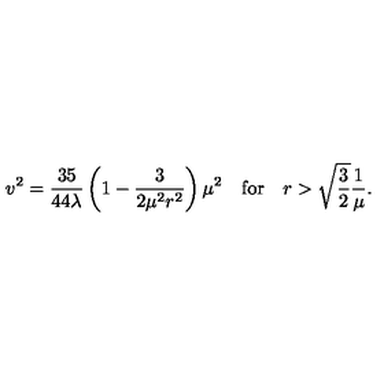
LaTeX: v ^ { 2 } = \frac { 3 5 } { 4 4 \lambda } \left( 1 - \frac { 3 } { 2 \mu ^ { 2 } r ^ { 2 } } \right) \mu ^ { 2 } \quad \mathrm { f o r } \quad r > \sqrt { \frac { 3 } { 2 } } \frac { 1 } { \mu } .